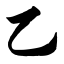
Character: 乙